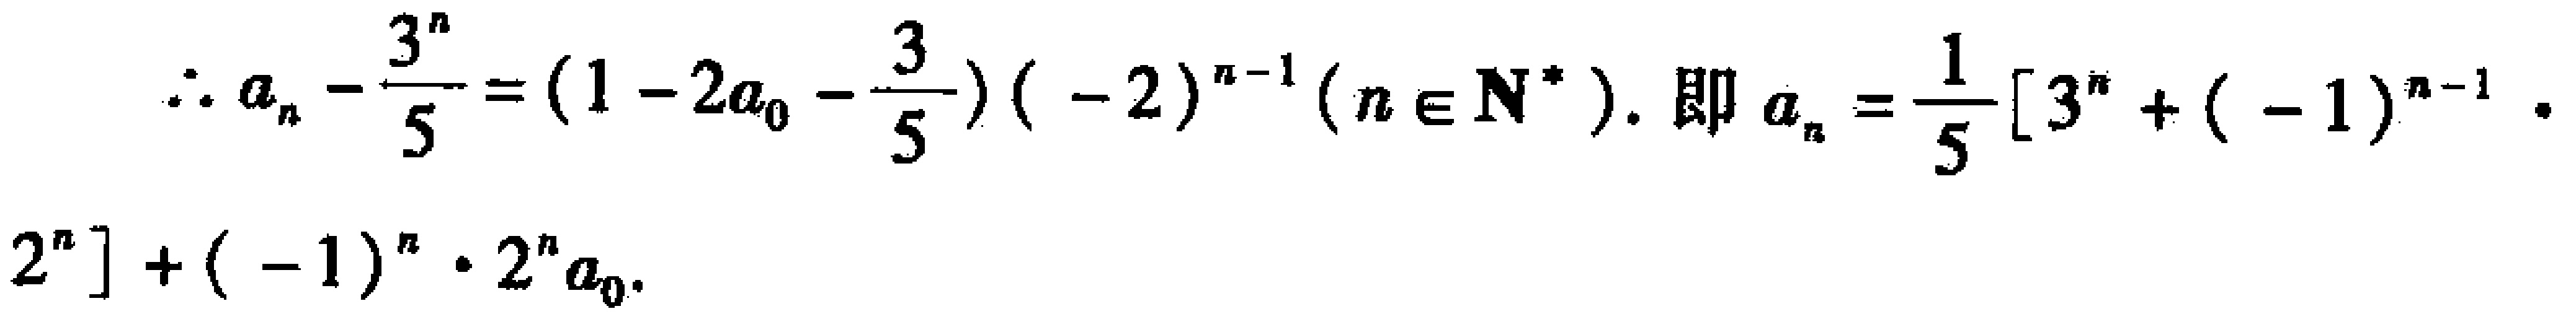
\(\therefore a_{n}-\frac{3^{n}}{5}=(1 - 2a_{0}-\frac{3}{5})(-2)^{n - 1}(n\in\mathbf{N}^{*}).\) 即 \(a_{n}=\frac{1}{5}[3^{n}+(-1)^{n - 1}\cdot2^{n}]+(-1)^{n}\cdot2^{n}a_{0}.\)